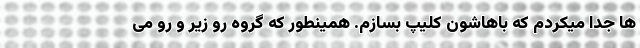
ها جدا میکردم که باهاشون کلیپ بسازم. همینطور که گروه رو زیر و رو می